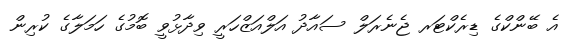
އެ ބޭންކްގެ ޑިރެކްޓަރ ޖެނެރަލް ސައާދު އަލްއަޒްހަރީ ވިދާޅުވީ ބޮމުގެ ހަމަލާގެ ކުރިން